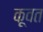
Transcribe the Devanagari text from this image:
कू़वत